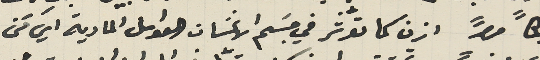
بكاً مراً ازن كما تؤثر في جسَم الانسَان العوامل المادية اي مَن